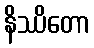
နိဿိတော